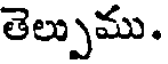
తెల్పుము.